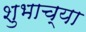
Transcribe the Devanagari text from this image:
शुभाच्या